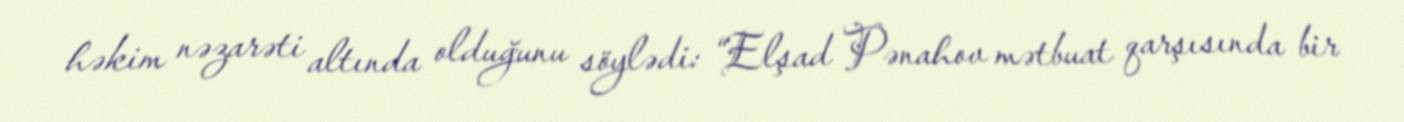
həkim nəzarəti altında olduğunu söylədi: “Elşad Pənahov mətbuat qarşısında bir